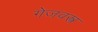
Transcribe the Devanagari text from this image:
गेजवस्त्र